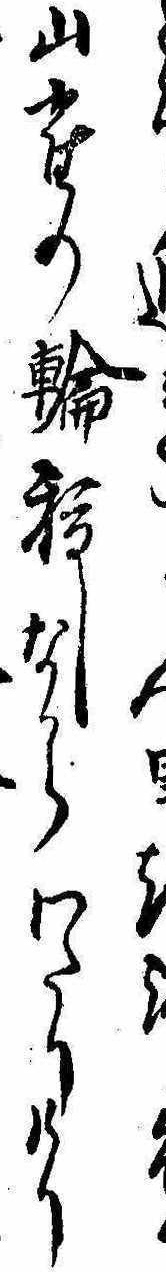
う山雀の輪抜しなからわたりけり